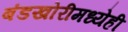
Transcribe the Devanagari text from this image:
बंडखोरीमध्येही